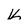
Character: k